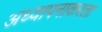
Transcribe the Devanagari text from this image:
अध्यापनाकरता